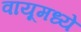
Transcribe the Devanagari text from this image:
वायूमध्ये